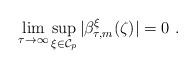
LaTeX: \begin{align*}\lim_{\tau \to \infty} \sup_{\xi \in \mathcal{C}_p} |\beta_{\tau,m}^\xi(\zeta)| = 0 \, \,.\end{align*}